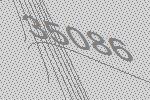
35086